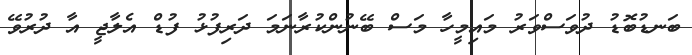
ބަނޑުބޮޑު ދުވަސްވަރު މައިމީހާ މަސް ބޭނުންކުރާނަމަ ދަރިފުޅު ފުޑް އެލާޖީ އާ ދުރުވޭ